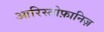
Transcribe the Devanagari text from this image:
आरिस्तोफ़ानिज़